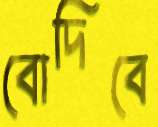
বোদিবে